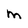
Character: M